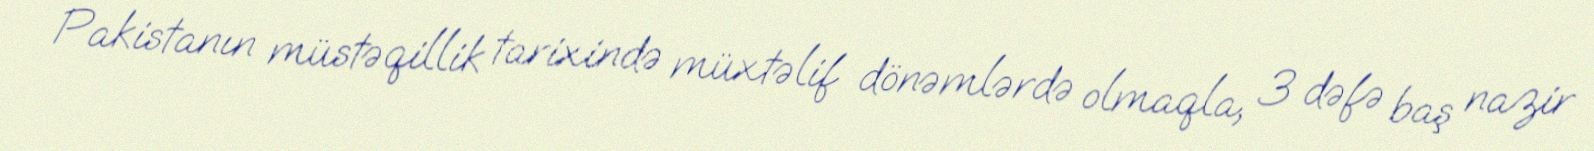
Pakistanın müstəqillik tarixində müxtəlif dönəmlərdə olmaqla, 3 dəfə baş nazir